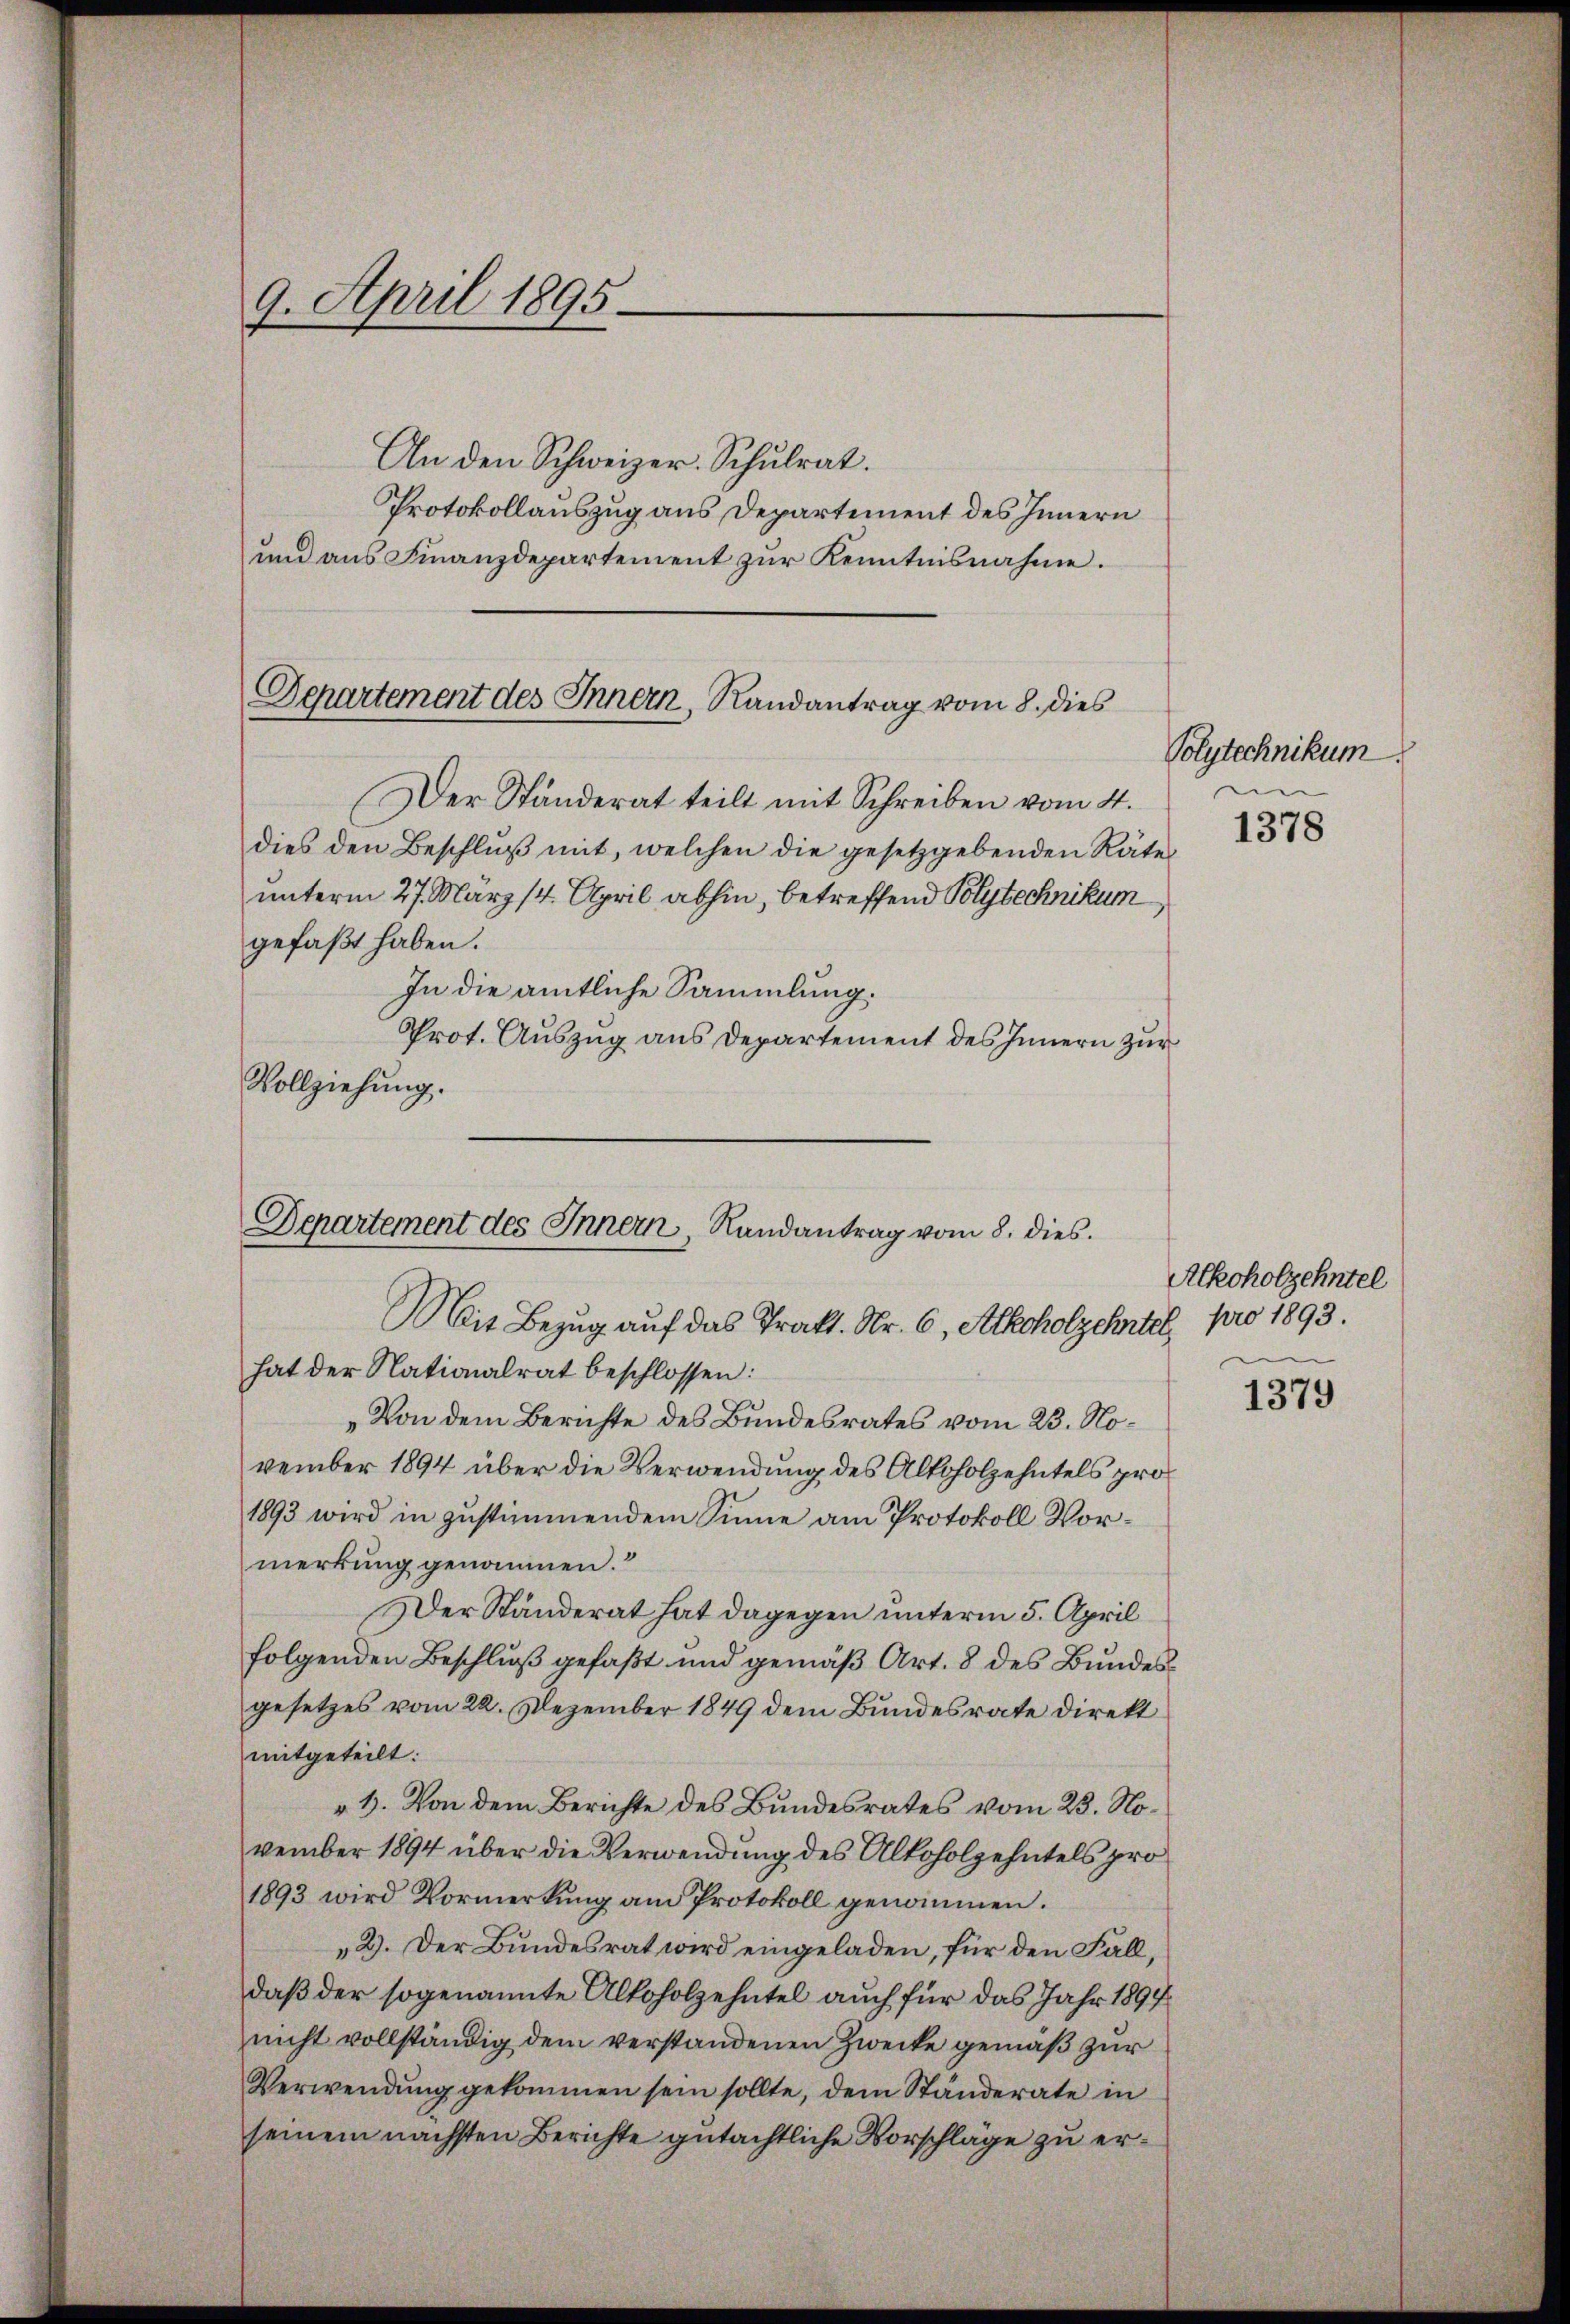
9. April 1895.
An den Schweizer. Schulrat.
und ans Finanzdepartement zŭr Kenntnisnahme.

Der Ständerat teilt mit Schreiben vom 4.
dies den Beschluß mit, welchen die gesetzgebenden Räte
unterm 27. März (4. April abhin, betreffend Polytechnikum
gefaßt haben.
In die amtliche Sammlung.
Prot. Auszug aus Departement des Innern zur
Vollziehung.

Departement des Innern, Randantrag vom 8. dies

Departement des Innern, Randantrag vom 8. dies

Protokollauszug aus Departement des Innern

Mit Bezug auf das Trakt. Nr. 6, Alkoholzchartet,
hat der Nationalrat beschlossen:
Von dem Berichte des Bundesrates vom 23. November 1894 über die Verwendung des Alkoholzehntels pro¬
1893 wird in zustimmendem Sinne am Protokoll Vormerkung genommen.
Der Ständerat hat dagegen unterm 5. April
folgenden Beschluß gefaßt und gemäß Art. 8 des Bundesgesetzes vom 22. Dezember 1849 dem Bundesrate direkt
mitgeteilt:
"1. Von dem Berichte des Bundesrates vom 23. November 1894 über die Verwendung des Alkoholzehntels pro
1893 wird Vormerkung am Protokoll genommen.
„2). Der Bundesrat wird eingeladen, für den Fall,
daß der sogenannte Alkoholzehntel auch für das Jahr 1894
nicht vollständig dem verstandenen Zwecke gemäß zur
Verwendŭng gekommen sein sollte, dem Ständerate in
seinem nächsten Berichte gutächtliche Vorschläge zu er¬

Polytechnikum

1378

Alkoholzehntel
pro 1893.

1379